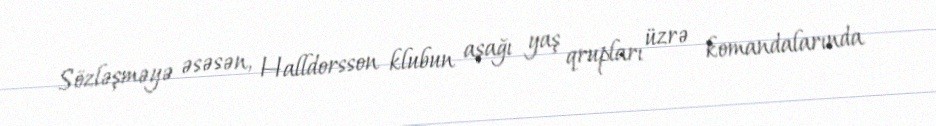
Sözləşməyə əsəsən, Halldorsson klubun aşağı yaş qrupları üzrə komandalarında